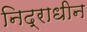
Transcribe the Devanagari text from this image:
निद्राधीन